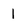
Character: 1